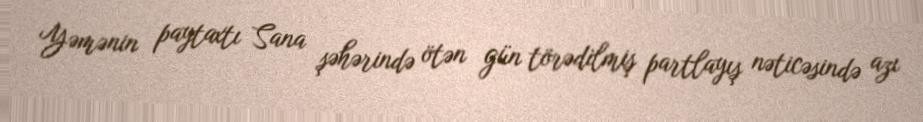
Yəmənin paytaxtı Sana şəhərində ötən gün törədilmiş partlayış nəticəsində azı